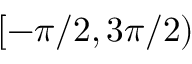
[ - \pi / 2 , 3 \pi / 2 )